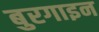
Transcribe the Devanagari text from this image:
बुरगाइन